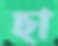
ছা